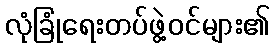
လုံခြုံရေးတပ်ဖွဲ့ဝင်များ၏